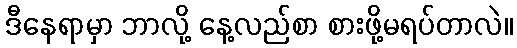
ဒီနေရာမှာ ဘာလို့ နေ့လည်စာ စားဖို့မရပ်တာလဲ။